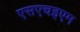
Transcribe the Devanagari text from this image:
एसएचइएम